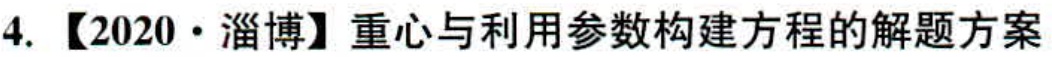
4. 【2020·淄博】重心与利用参数构建方程的解题方案